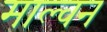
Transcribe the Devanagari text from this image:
माल्वन